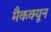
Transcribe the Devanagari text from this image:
मैकक्यून